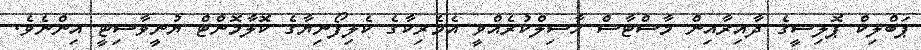
ޕަބްލިކް ޕޮލިސީގެ ދާއިރާއިން މާސްޓާސް ޙާސިލްކުރެއްވީ އެމެރިކާގެ ކެލިފޯނިޔާގެ ކޮލާމޮންޓް ޔުނީވާސިޓީ އިންނެވެ.